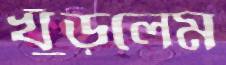
খুঁড়লেম